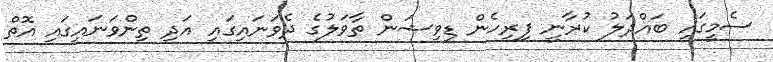
ސެމީގައި ބައްދަލު ކުރާނީ ފިރިހެން ޑިވިޝަން ތާވަލުގެ ދެވަނައިގައި އަދި ތިންވަނައިގައި އޮތް